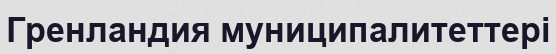
Гренландия муниципалитеттері